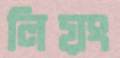
লিয়ং